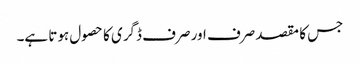
جس کا مقصد صرف اور صرف ڈگری کا حصول ہوتا ہے۔